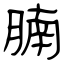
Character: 腩